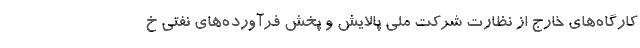
کارگاه‌های خارج از نظارت شرکت ملی پالایش و پخش فرآورده‌های نفتی خ